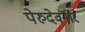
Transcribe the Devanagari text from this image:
पेरुदेवनार